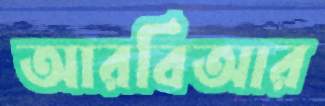
আরবিআর